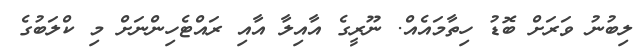
ލިބުނު ވަރަށް ބޮޑު ހިތާމައެއް. ނޫރީގެ އާއިލާ އާއި ރައްޓެހިންނަށް މި ކްލަބުގެ